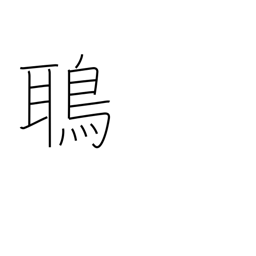
Meaning: kite (bird)